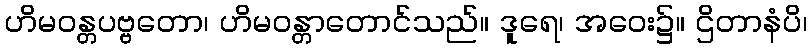
ဟိမဝန္တပဗ္ဗတော၊ ဟိမဝန္တာတောင်သည်။ ဒူရေ၊ အဝေး၌။ ဌိတာနံပိ၊